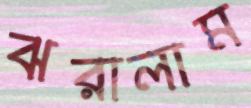
ঝরালাম